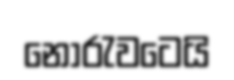
නොරැවටෙයි